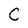
Character: C